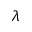
\lambda